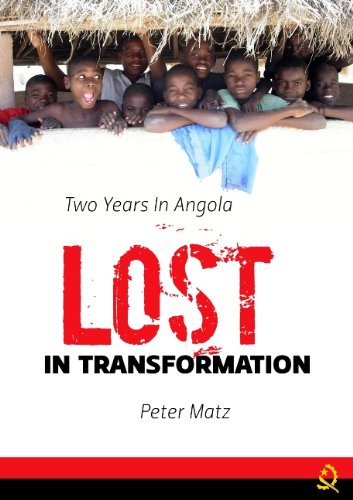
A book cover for Lost in transformation: Two years in Angola; Peter Matz; Travel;